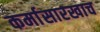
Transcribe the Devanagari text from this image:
कर्मासारखाच